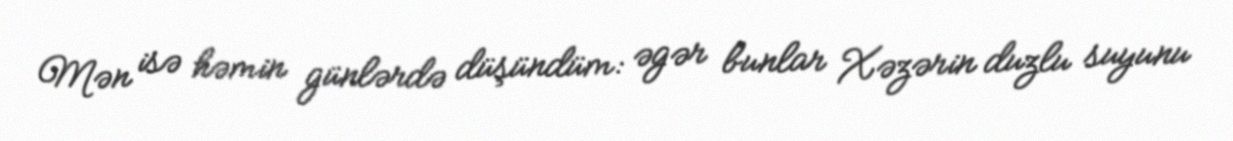
Mən isə həmin günlərdə düşündüm: əgər bunlar Xəzərin duzlu suyunu